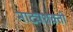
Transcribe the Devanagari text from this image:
नाट्यशक्ती